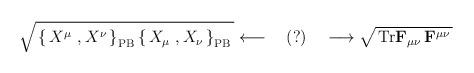
LaTeX: \begin{align*}\sqrt{\,\left\{\, X^\mu\ , X^\nu\,\right\}_{\mathrm{PB}}\left\{\, X_\mu\ , X_\nu\,\right\}_{\mathrm{PB}}\,}\longleftarrow \quad (?)\quad\longrightarrow\sqrt{\, \mathrm{Tr}\mathbf{F}_{\mu\nu}\, \mathbf{F}^{\mu\nu}\,} \end{align*}